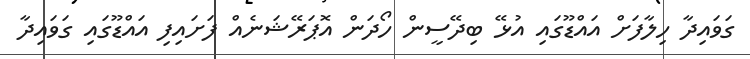
ގަވައިދާ ހިލާފަށް އައްޑޫގައި އުޅޭ ބިދޭސީން ހޯދަން އޮޕަރޭޝަނެއް ފަށައިފި އައްޑޫގައި ގަވައިދާ